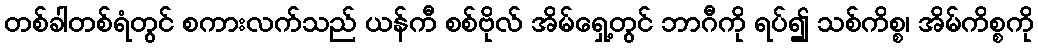
တစ်ခါတစ်ရံတွင် စကားလက်သည် ယန်ကီ စစ်ဗိုလ် အိမ်ရှေ့တွင် ဘာဂီကို ရပ်၍ သစ်ကိစ္စ၊ အိမ်ကိစ္စကို